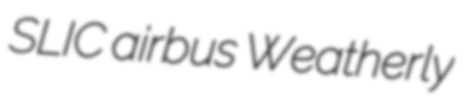
SLIC airbus Weatherly